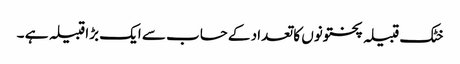
خٹک قبیلہ پختونوں کا تعداد کے حساب سے ایک بڑا قبیلہ ہے ۔